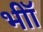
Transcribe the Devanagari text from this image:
भीॉ